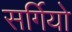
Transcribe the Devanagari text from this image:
सर्गियो